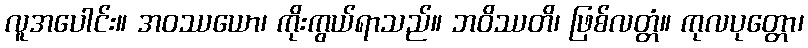
လူအပေါင်း။ အဝဿယော၊ ကိုးကွယ်ရာသည်။ ဘဝိဿတိ၊ ဖြစ်လတ္တံ။ ကုလပုတ္တော၊